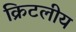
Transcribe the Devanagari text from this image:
क्रिटलीय